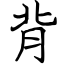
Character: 背